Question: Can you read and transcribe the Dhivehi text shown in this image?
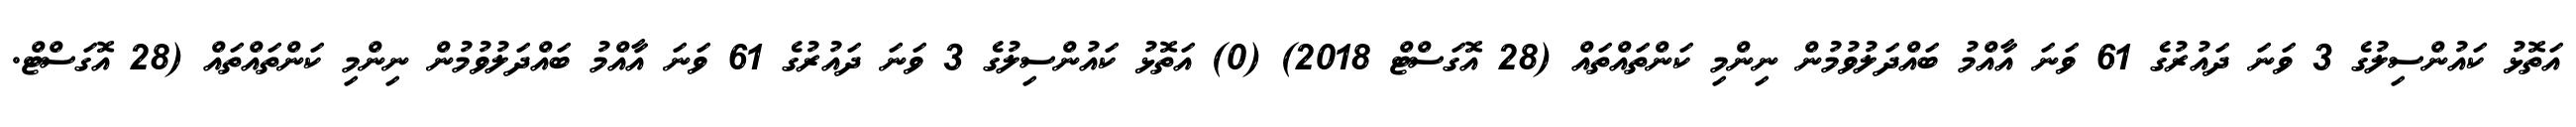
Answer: އަތޮޅު ކައުންސިލުގެ 3 ވަނަ ދައުރުގެ 61 ވަނަ އާއްމު ބައްދަލުވުމުން ނިންމި ކަންތައްތައް (28 އޮގަސްޓް 2018) (0) އަތޮޅު ކައުންސިލުގެ 3 ވަނަ ދައުރުގެ 61 ވަނަ އާއްމު ބައްދަލުވުމުން ނިންމި ކަންތައްތައް (28 އޮގަސްޓް.